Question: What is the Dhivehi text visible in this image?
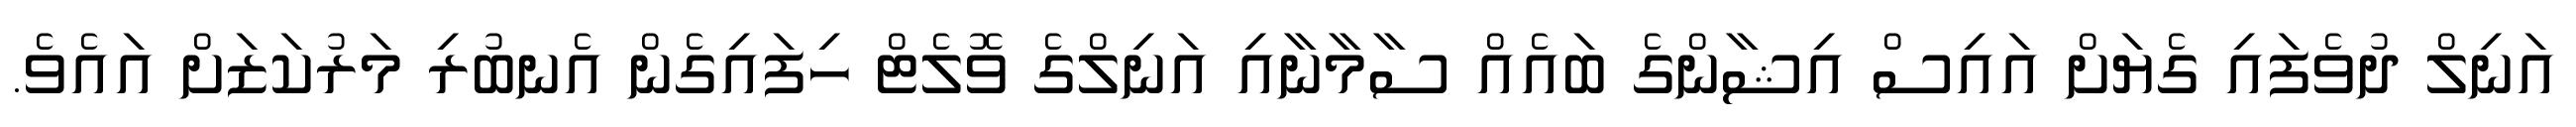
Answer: އަނިލް ދުވެފައި ގެޔަށް އައިސް އިޝާންގެ ބައެއް ސާމާނާއި އަނިލްގެ ވޮލެޓް ހިފައިގެން އެނބުރި މަރުކަޒަށް އައެވެ.